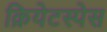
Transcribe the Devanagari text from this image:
क्रियेटस्पेस